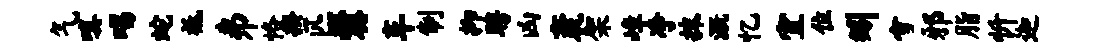
气嗔唱蛇祗井恪揆匹爨车制抑聘凶袤架嶂净抹溉忆宜位矧雪邪脂忻迦